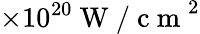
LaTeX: \times 10^{20}\mathrm{~W~/~c~m~}^{2}